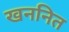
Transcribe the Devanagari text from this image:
खननित